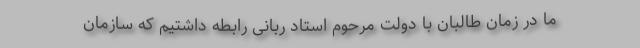
ما در زمان طالبان با دولت مرحوم استاد ربانی رابطه داشتیم که سازمان